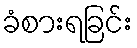
ခံစားရခြင်း